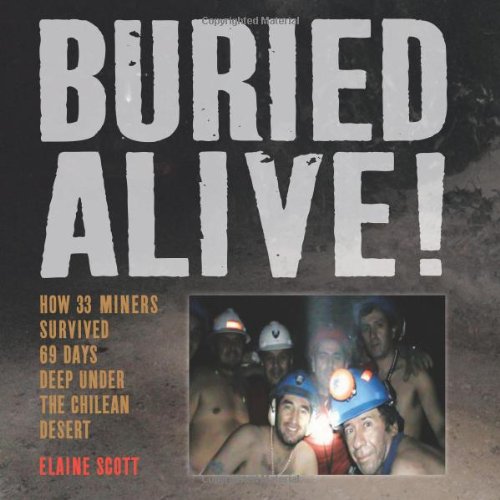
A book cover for Buried Alive!: How 33 Miners Survived 69 Days Deep Under the Chilean Desert; Elaine Scott; Children's Books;